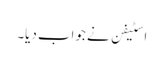
اسٹیفن نے جواب دیا۔